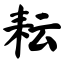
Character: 耘